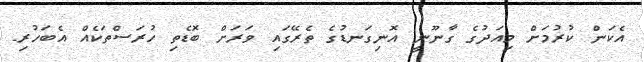
އެކަން ކުރުމަށް މިއަދުގެ ގާނޫނީ އޮނިގަނޑުގެ ތެރޭގައި ވަރަށް ބޮޑެތި ހުރަސްތަކެއް އެބަހުރި.